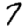
Digit: 7